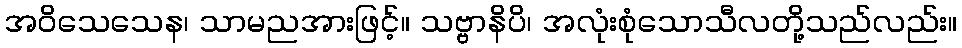
အဝိသေသေန၊ သာမညအားဖြင့်။ သဗ္ဗာနိပိ၊ အလုံးစုံသောသီလတို့သည်လည်း။